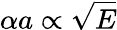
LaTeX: \alpha a\propto{\sqrt{E}}